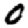
Digit: 0